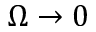
\Omega \rightarrow 0